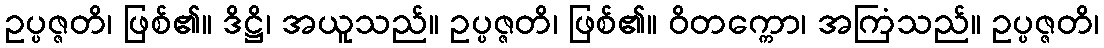
ဥပ္ပဇ္ဇတိ၊ ဖြစ်၏။ ဒိဋ္ဌိ၊ အယူသည်။ ဥပ္ပဇ္ဇတိ၊ ဖြစ်၏။ ဝိတက္ကော၊ အကြံသည်။ ဥပ္ပဇ္ဇတိ၊